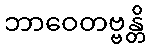
ဘာဝေတဗ္ဗန္တိ